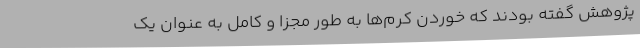
پژوهش گفته‌ بودند که خوردن کرم‌ها به طور مجزا و کامل به عنوان یک